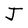
Character: J